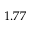
1 . 7 7